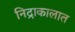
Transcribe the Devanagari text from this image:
निद्राकालात